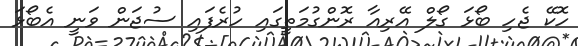
ހޮކޭ ޖެހި ބޯޅަ ގޯލް އޭރިއާ ރޮންގުމަތީގައި ހުރެފައި ސުޖަން ވަނީ އެބޯޅަ